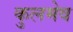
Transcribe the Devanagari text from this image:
कुलमेव